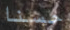
حسنا